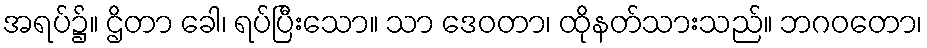
အရပ်၌။ ဌိတာ ခေါ၊ ရပ်ပြီးသော။ သာ ဒေဝတာ၊ ထိုနတ်သားသည်။ ဘဂဝတော၊